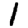
Digit: 1